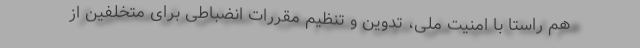
هم راستا با امنیت ملی، تدوین و تنظیم مقررات انضباطی برای متخلفین از